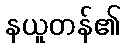
နယူတန်၏